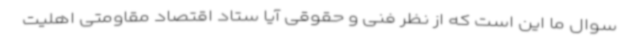
سوال ما این است که از نظر فنی ‌و حقوقی آیا ستاد اقتصاد مقاومتی اهلیت